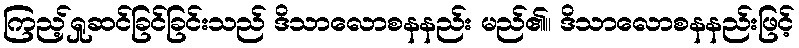
ကြည့်ရှုဆင်ခြင်ခြင်းသည် ဒိသာလောစနနည်း မည်၏။ ဒိသာလောစနနည်းဖြင့်